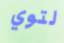
لتوي